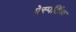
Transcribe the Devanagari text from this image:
ऐस्पर्टिक